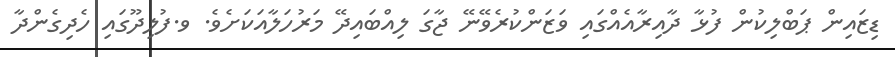
ޑިޒައިން ޕަބްލިކުން ފުޅާ ދާއިރާއެއްގައި ވަޒަންކުރެވޭނޭ ޖާގަ ލިއްބައިދޭ މަރުހަލާއަކަށެވެ. ވ.ފުލިދޫގައި ހެދިގެންދާ